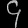
Digit: ၄